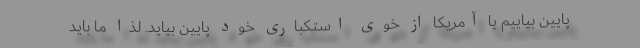
پایین بیاییم یا آمریکا از خوی استکباری خود پایین بیاید. لذا ما باید